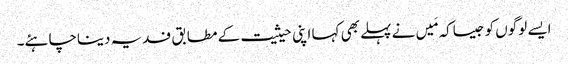
ایسے لوگوں کو جیساکہ مَیں نے پہلے بھی کہا اپنی حیثیت کے مطابق فدیہ دیناچاہئے۔